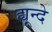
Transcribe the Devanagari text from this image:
ह्यून्दे